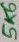
Text: 5K6